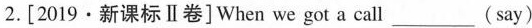
2.[2019·新课标Ⅱ卷]When we got a call___ (say)